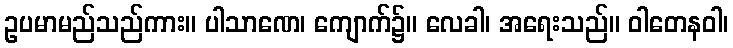
ဥပမာမည်သည်ကား။ ပါသာဏေ၊ ကျောက်၌။ လေခါ၊ အရေးသည်။ ဝါတေနဝါ၊